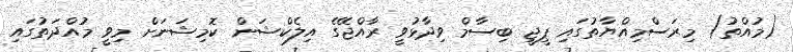
(މުުއްތު) މިރަސްމިއްޔާތުގައި ޕީޖީ ބިސާމް ވިދާޅުވީ ރާއްޖޭގެ އިލެކްޝަން ކޮމިޝަނަށް މިވީ މުއްދަތުގައި